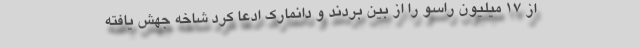
از ۱۷ میلیون راسو را از بین بردند و دانمارک ادعا کرد شاخه جهش یافته